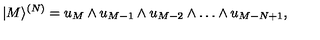
| M \rangle ^ { ( N ) } = u _ { M } \wedge u _ { M - 1 } \wedge u _ { M - 2 } \wedge \dots \wedge u _ { M - N + 1 } ,